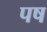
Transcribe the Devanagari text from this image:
पष